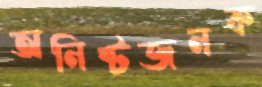
অনিষ্টজনক